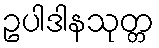
ဥပါဒါနသုတ္တ